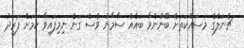
ޗެނަލްގެ މަސައްކަތަށް ބޭނުންވާ ބައެއް ސާމާނު ވެސް ގަނެ ނިމިފައިވާ ކަމަށް ފަރީދު